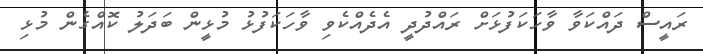
ރައީސް ދައްކަވާ ވާހަކަފުޅަށް ރައްދުދީ އެދެއްކެވި ވާހަކަފުޅު މުޅީން ބަދަލު ކޮއްގެން މުޅި